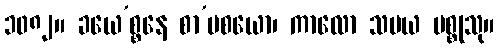
၁၀၈၂။ ခယေ’စ္စနေ စာ’ပစယော၊ ကာလော သမယ မစ္စုသု။